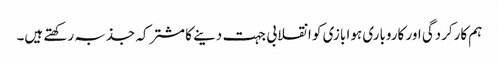
ہم کارکردگی اور کاروباری ہوا بازی کو انقلابی جہت دینے کا مشترکہ جذبہ رکھتے ہیں۔